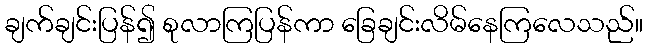
ချက်ချင်းပြန်၍ စုလာကြပြန်ကာ ခြေချင်းလိမ်နေကြလေသည်။